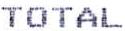
TOTAL